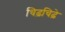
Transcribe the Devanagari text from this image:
चिढ़चिढ़े